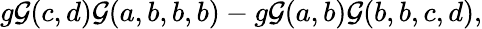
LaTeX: g{\cal G}(c,d){\cal G}(a,b,b,b)-g{\cal G}(a,b){\cal G}(b,b,c,d),